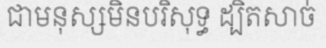
ជាមនុស្សមិនបរិសុទ្ធ ដ្បិតសាច់